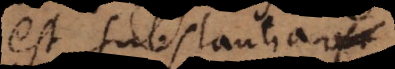
est substantia